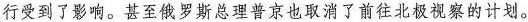
行受到了影响。甚至俄罗斯总理普京也取消了前往北极视察的计划。